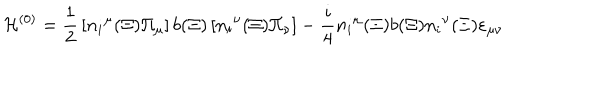
{ \cal H } ^ { ( 0 ) } = { \frac { 1 } { 2 } } \left[ { n _ { i } } ^ { \mu } ( \Xi ) \Pi _ { \mu } \right] b ( \Xi ) \left[ { n _ { i } } ^ { \nu } ( \Xi ) \Pi _ { \nu } \right] - { \frac { i } { 4 } } { n _ { i } } ^ { \mu } ( \Xi ) b ( \Xi ) { n _ { i } } ^ { \nu } ( \Xi ) \varepsilon _ { \mu \nu }